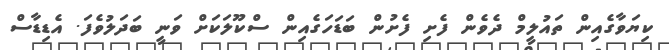
ކިޔަވާގެއިން ތައުލީމް ދެވެން ފެށި ފެށުން ބަޑަހަގެއިން ސްކޫލަކަށް ވަނީ ބަދަލުވެފަ. އެޑިޑާސް